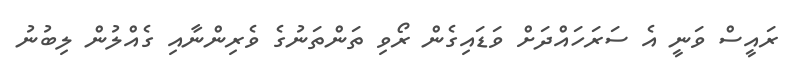
ރައީސް ވަނީ އެ ސަރަހައްދަށް ވަޑައިގެން ރޯވި ތަންތަނުގެ ވެރިންނާއި ގެއްލުން ލިބުނު